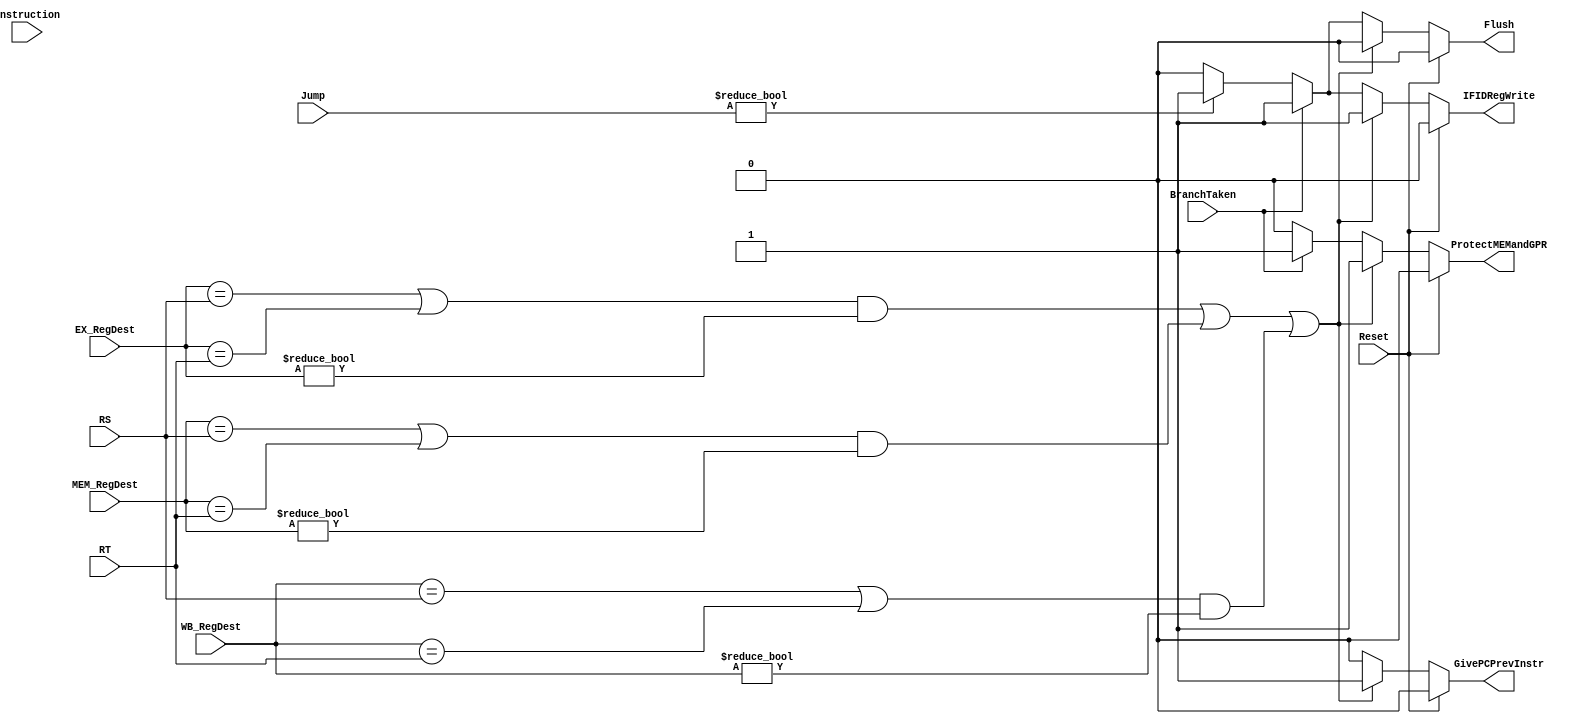
`timescale 1ns / 1ps
//////////////////////////////////////////////////////////////////////////////////
// ECE369 - Computer Architecture
//Percentages
//Mason: 33%
//Alex: 33%
// Ali: 33%
//////////////////////////////////////////////////////////////////////////////////


module HazardDetectorUnit(
    input [20:16] RT,
    input [25:21] RS,
    
    input BranchTaken,
    input [1:0] Jump,
    
    input [4:0] EX_RegDest,
    input [4:0] MEM_RegDest,
    input [4:0] WB_RegDest,
    
    input Reset,
    input [31:0] Instruction,
    
    output reg GivePCPrevInstr,
    output reg IFIDRegWrite,
    output reg ProtectMEMandGPR,
    output reg Flush
    );
    
    initial begin 
        GivePCPrevInstr <= 0;
        IFIDRegWrite <= 0;
        ProtectMEMandGPR <= 0;
        Flush <= 0;
    end
    
    always @(RT, RS, BranchTaken, Jump, EX_RegDest, MEM_RegDest, WB_RegDest, Reset ) begin 
//            $display("hazard");
        GivePCPrevInstr <= 0;
        IFIDRegWrite <= 0;
        ProtectMEMandGPR <= 0;
        Flush <= 0;

        
//        if ( Instruction != 32'd0 ) begin 
//            GivePCPrevInstr <= 0;
//            IFIDRegWrite <= 0;
//            ProtectMEMandGPR <= 0; 
//            end
            
//        if (Jump != 2'd0) begin 
//                GivePCPrevInstr <= 0;
//                IFIDRegWrite <= 1;
//                ProtectMEMandGPR <= 0;
//                Flush <= 1;
//        //we must trust in the controller to protect our mem and gpr
//        end
        
//        if (BranchTaken) begin 
//                GivePCPrevInstr <= 0;
//                IFIDRegWrite <= 1;
//                ProtectMEMandGPR <= 1;
//                Flush <= 1;
//        //we must trust in the controller to protect our mem and gpr
//        end
        
        
//        else begin if (
//            (
//                ( ((EX_RegDest == RS) || (EX_RegDest == RT)) && (EX_RegDest != 4'd0) )  ||
//                ( ((MEM_RegDest == RS) || (MEM_RegDest == RT)) && (MEM_RegDest != 4'd0) )  ||
//                ( ((WB_RegDest == RS) || (WB_RegDest == RT))  && (WB_RegDest != 4'd0) )
//            ) 
                
//           ) begin 
//                GivePCPrevInstr <= 1;
//                IFIDRegWrite <= 1;
//                ProtectMEMandGPR <= 1; 
//            end     
//        end
        
        if (Reset == 1) begin 
                GivePCPrevInstr <= 0;
                IFIDRegWrite <= 0;
                ProtectMEMandGPR <= 0;
                Flush <= 0;
           end
           
        else begin
            if (
                ( ((EX_RegDest == RS) || (EX_RegDest == RT)) && (EX_RegDest != 4'd0) )  ||
                ( ((MEM_RegDest == RS) || (MEM_RegDest == RT)) && (MEM_RegDest != 4'd0) )  ||
                ( ((WB_RegDest == RS) || (WB_RegDest == RT))  && (WB_RegDest != 4'd0) )     ) begin 
                
                GivePCPrevInstr <= 1;
                IFIDRegWrite <= 1;
                ProtectMEMandGPR <= 1; 
            end
            
            else begin
                if (BranchTaken) begin 
                    GivePCPrevInstr <= 0;
                    IFIDRegWrite <= 1;
                    ProtectMEMandGPR <= 1;
                    Flush <= 1;
                    //we must trust in the controller to protect our mem and gpr
                end
                
                else begin 
                    if (Jump != 2'd0) begin 
                        GivePCPrevInstr <= 0;
                        IFIDRegWrite <= 1;
                        ProtectMEMandGPR <= 0;
                        Flush <= 1;
                    //we must trust in the controller to protect our mem and gpr
                    end
        
                end
            end     
        end
    end
    
endmodule